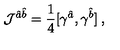
{ \cal J } ^ { \hat { a } \hat { b } } = \frac { 1 } { 4 } [ \gamma ^ { \hat { a } } , \gamma ^ { \hat { b } } ] \: ,